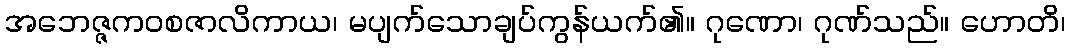
အဘေဇ္ဇကဝစဇာလိကာယ၊ မပျက်သောချပ်ကွန်ယက်၏။ ဂုဏော၊ ဂုဏ်သည်။ ဟောတိ၊